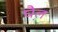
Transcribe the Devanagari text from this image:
घ़ैल